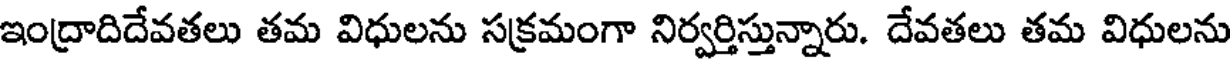
ఇంద్రాదిదేవతలు తమ విధులను సక్రమంగా నిర్వర్తిస్తున్నారు. దేవతలు తమ విధులను